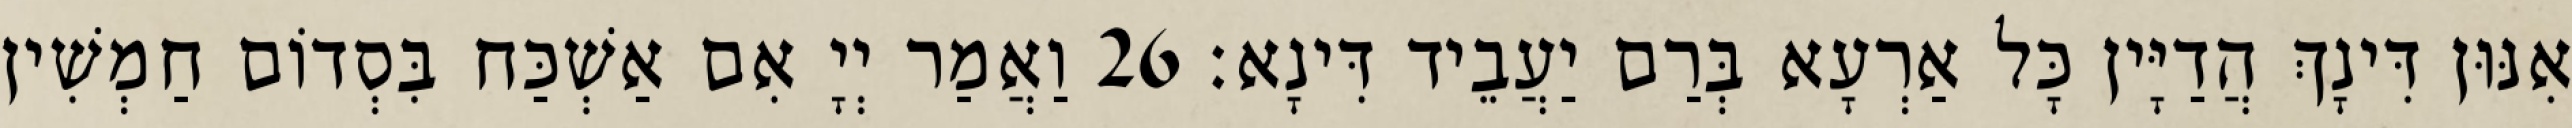
אִנּוּן דִּינָךְ הֲדַיָּין כָּל אַרְעָא בְּרַם יַעֲבֵיד דִּינָא׃ 26 וַאֲמַר יְיָ אִם אַשְׁכַּח בִּסְדוֹם חַמְשִׁין